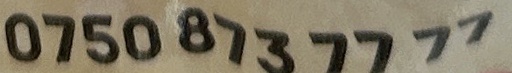
0750 873 7777